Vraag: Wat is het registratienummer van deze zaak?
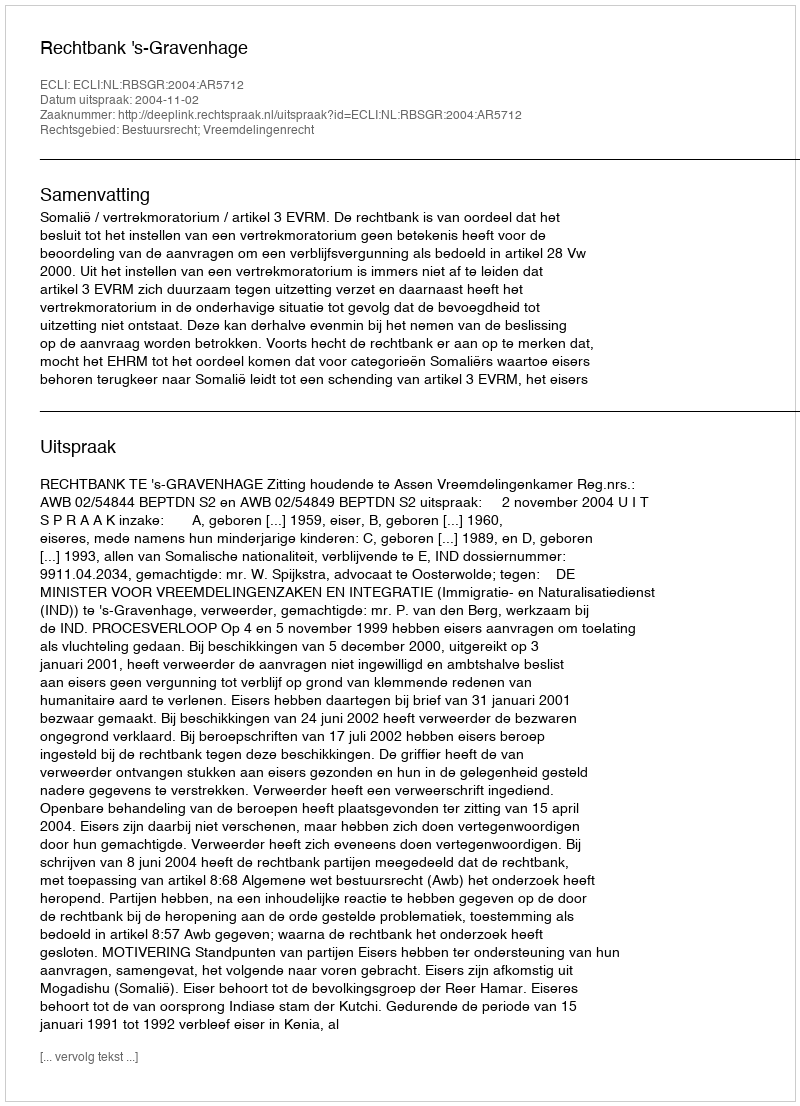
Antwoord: http://deeplink.rechtspraak.nl/uitspraak?id=ECLI:NL:RBSGR:2004:AR5712